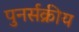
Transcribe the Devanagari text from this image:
पुनर्सक्रीय